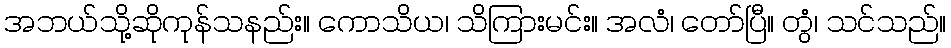
အဘယ်သို့ဆိုကုန်သနည်း။ ကောသိယ၊ သိကြားမင်း။ အလံ၊ တော်ပြီ။ တွံ၊ သင်သည်။